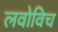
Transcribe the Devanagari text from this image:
लवोविच